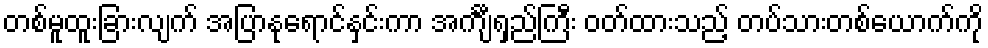
တစ်မူထူးခြားလျက် အပြာနုရောင်နှင်းကာ အင်္ကျီရှည်ကြီး ဝတ်ထားသည့် တပ်သားတစ်ယောက်ကို